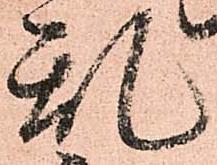
乱